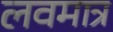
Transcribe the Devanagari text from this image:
लवमात्र